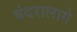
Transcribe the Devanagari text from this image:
बंदरालागे